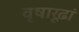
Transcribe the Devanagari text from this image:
वृषारूढ़ां